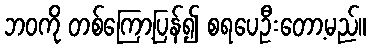
ဘဝကို တစ်ကြော့ပြန်၍ စရပေဦးတော့မည်။